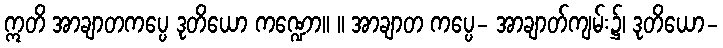
ဣတိ အာချာတကပ္ပေ ဒုတိယော ကဏ္ဍော။ ။ အာချာတ ကပ္ပေ- အာချာတ်ကျမ်း၌၊ ဒုတိယော-